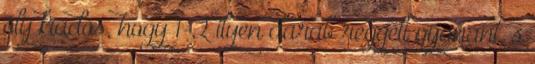
oly kiadós, hogy 1-2 ilyen darab reggeli gyanánt, s